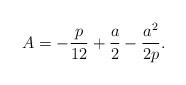
LaTeX: \begin{align*}A=-\frac{p}{12}+\frac{a}{2}-\frac{a^2}{2p}.\end{align*}